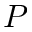
P